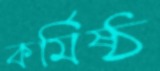
কর্মিষ্ঠ